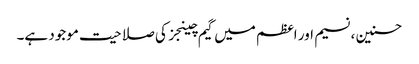
حسنین ، نسیم اور اعظم میں گیم چینجز کی صلاحیت موجود ہے۔